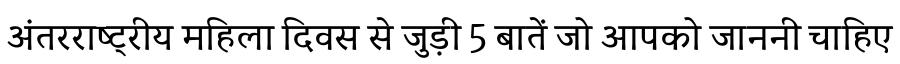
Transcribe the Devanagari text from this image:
अंतरराष्ट्रीय महिला दिवस से जुड़ी 5 बातें जो आपको जाननी चाहिए